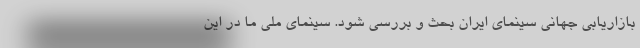
بازاریابی جهانی سینمای ایران بحث و بررسی شود. سینمای ملی ما در این